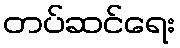
တပ်ဆင်ရေး